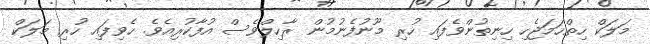
މަލަކް ހިތްހަމަޖެހި ހިނިތުންވެފައި ހުރި މޫނުފެނުމުން ރާހިލްވެސް އުފާކުރިއެވެ. ހެވިފައި ހުރި މަލަކް